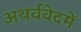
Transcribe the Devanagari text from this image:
अथर्ववेदमें